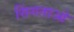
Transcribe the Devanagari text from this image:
सिंगताओ